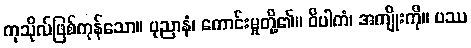
ကုသိုလ်ဖြစ်ကုန်သော။ ပုညာနံ၊ ကောင်းမှုတို့၏။ ဝိပါကံ၊ အကျိုးကို။ ပဿ